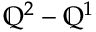
\mathbb { Q } ^ { 2 } - \mathbb { Q } ^ { 1 }